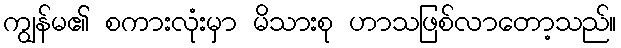
ကျွန်မ၏ စကားလုံးမှာ မိသားစု ဟာသဖြစ်လာတော့သည်။